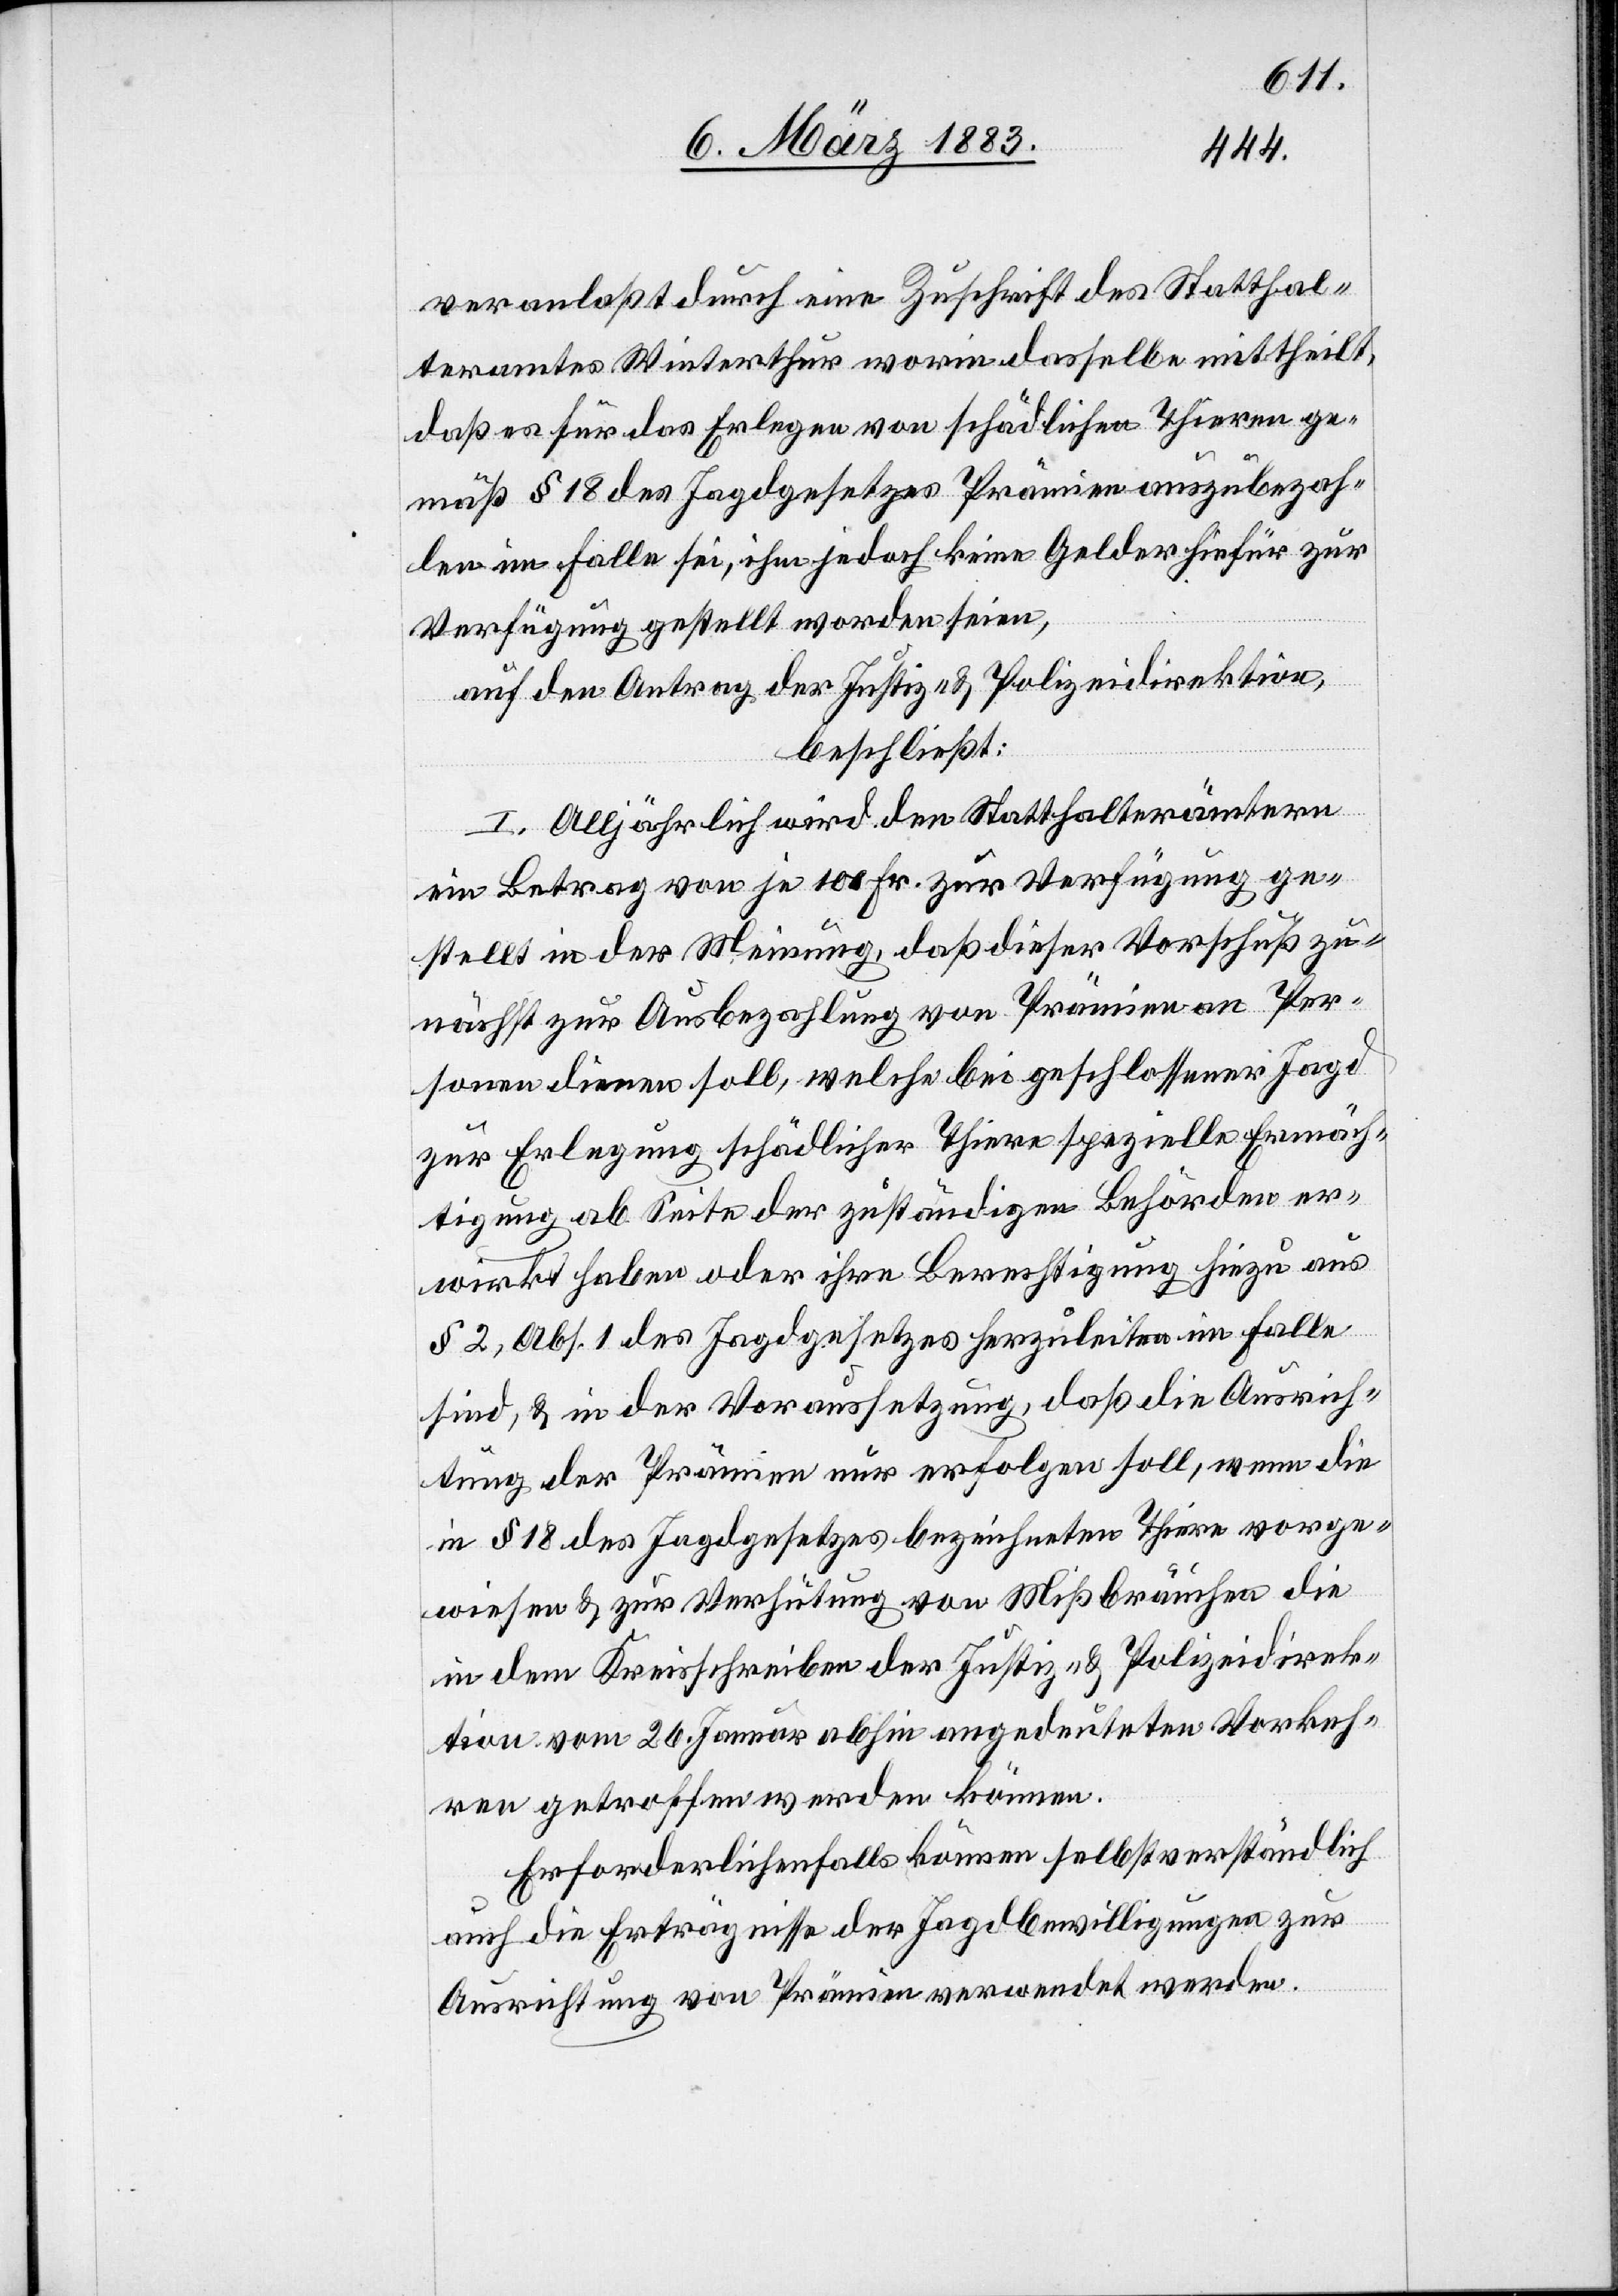
veranlaßt durch eine Zuschrift des Statthal¬
teramtes Winterthur worin dasselbe mittheilt,
daß es für das Erlegen von schädlichen Thieren ge¬
mäß § 18 des Jagdgesetzes Prämien auszubezah¬
len im Falle sei, ihm jedoch keine Gelder hiefür zur
Verfügung gestellt worden seien,
auf den Antrag der Justiz- & Polizeidirektion,
beschließt:
I. Alljährlich wird den Statthalterämtern
ein Betrag von je 100 Fr. zur Verfügung ge¬
stellt in der Meinung, daß dieser Vorschuß zu¬
nächst zur Ausbezahlung von Prämien an Per¬
sonen dienen soll, welche bei geschlossener Jagd
zur Erlegung schädlicher Thiere spezielle Ermäch¬
tigung ab Seite der zuständigen Behörden er¬
wirkt haben oder ihre Berechtigung hiezu aus
§ 2, Abs. 1 des Jagdgesetzes herzuleiten im Falle
sind, & in der Voraussetzung, daß die Ausrich¬
tung der Prämien nur erfolgen soll, wenn die
in § 18 des Jagdgesetzes bezeichneten Thiere vorge¬
wiesen & zur Verhütung von Mißbräuchen die
in dem Kreisschreiben der Justiz- & Polizeidirek¬
tion vom 26. Januar abhin angedeuteten Vorkeh¬
ren getroffen werden können.
Erforderlichenfalls können selbstverständlich
auch die Erträgnisse der Jagdbewilligungen zur
Ausrichtung von Prämien verwendet werden.